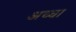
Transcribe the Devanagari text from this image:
अच्‍चा